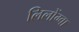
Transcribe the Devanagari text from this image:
लिलोंग्वा